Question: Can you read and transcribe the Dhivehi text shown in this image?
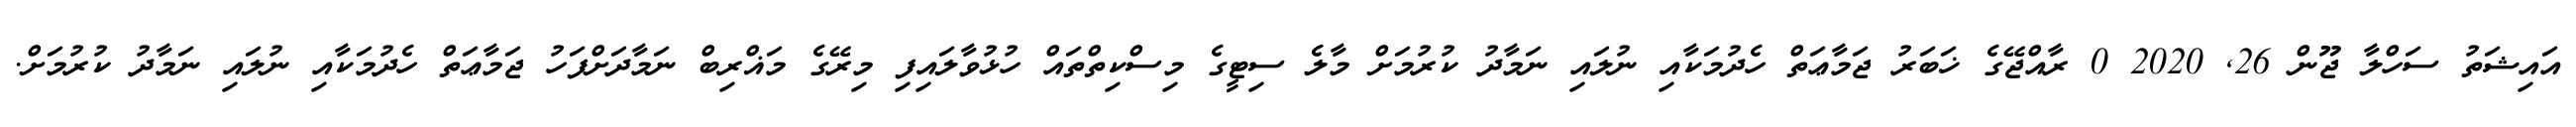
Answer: އައިޝަތު ސަހްލާ ޖޫން 26, 2020 0 ރާއްޖޭގެ ޚަބަރު ޖަމާޢަތް ހެދުމަކާއި ނުލައި ނަމާދު ކުރުމަށް މާލެ ސިޓީގެ މިސްކިތްތައް ހުޅުވާލައިފި މިރޭގެ މަޣްރިބް ނަމާދަށްފަހު ޖަމާޢަތް ހެދުމަކާއި ނުލައި ނަމާދު ކުރުމަށް.